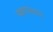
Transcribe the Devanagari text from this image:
पक्षाघाताने